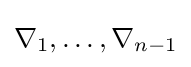
\nabla _{1},\ldots ,\nabla _{n-1}